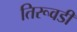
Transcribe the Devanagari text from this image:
तिरूवडी